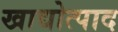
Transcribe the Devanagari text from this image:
खाद्योत्पाद